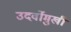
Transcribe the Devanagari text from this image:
उदर्वोमुखी